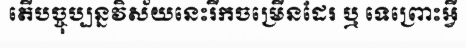
តើបច្ចុប្បន្នវិស័យនេះរីកចម្រើនដែរ ឬ ទេព្រោះអ្វី